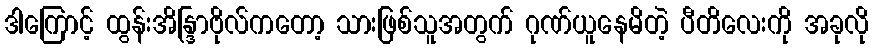
ဒါကြောင့် ထွန်းအိန္ဒြာဗိုလ်ကတော့ သားဖြစ်သူအတွက် ဂုဏ်ယူနေမိတဲ့ ပီတိလေးကို အခုလို